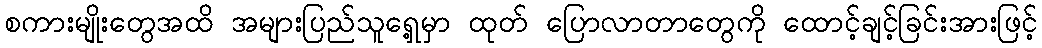
စကားမျိုးတွေအထိ အများပြည်သူရှေ့မှာ ထုတ် ပြောလာတာတွေကို ထောင့်ချင့်ခြင်းအားဖြင့်